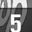
Digit: 5